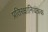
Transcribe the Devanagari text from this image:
प्रतिरक्षानियंत्रक